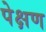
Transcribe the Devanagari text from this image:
पेक्षण